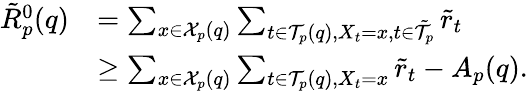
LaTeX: \begin{array}{rl}{\tilde{R}_{p}^{0}(q)}&{=\sum_{x\in\mathcal{X}_{p}(q)}\sum_{t\in\mathcal{T}_{p}(q),X_{t}=x,t\in\tilde{\mathcal{T}}_{p}}\tilde{r}_{t}}\\ &{\geq\sum_{x\in\mathcal{X}_{p}(q)}\sum_{t\in\mathcal{T}_{p}(q),X_{t}=x}\tilde{r}_{t}-A_{p}(q).}\end{array}